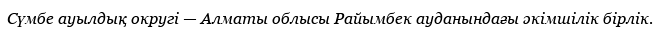
Сүмбе ауылдық округі — Алматы облысы Райымбек ауданындағы әкімшілік бірлік.